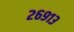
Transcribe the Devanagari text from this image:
२६९१३